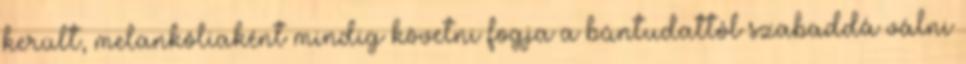
került, melankóliaként mindig követni fogja a bûntudattól szabaddá válni